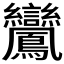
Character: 𪈽